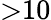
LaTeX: {>}10